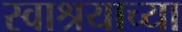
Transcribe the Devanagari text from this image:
स्वाश्रयाच्या